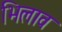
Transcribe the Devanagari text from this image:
भिलाव